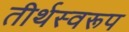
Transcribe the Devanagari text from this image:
तीर्थस्वरूप